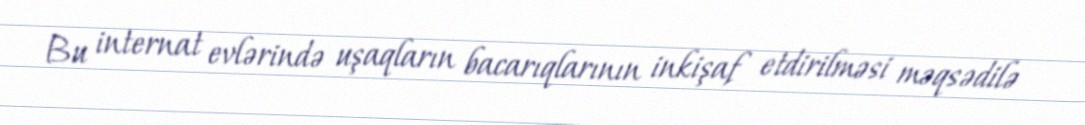
Bu internat evlərində uşaqların bacarıqlarının inkişaf etdirilməsi məqsədilə